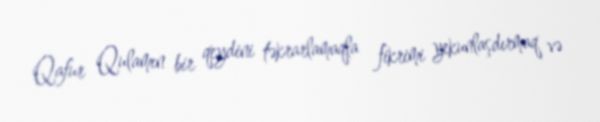
Qafur Qulamın bir qeydini təkrarlamaqla fikrimi yekunlaşdırmaq və